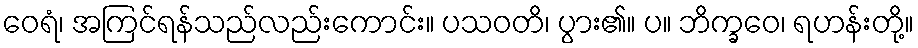
ဝေရံ၊ အကြင်ရန်သည်လည်းကောင်း။ ပသဝတိ၊ ပွား၏။ ပ။ ဘိက္ခဝေ၊ ရဟန်းတို့။